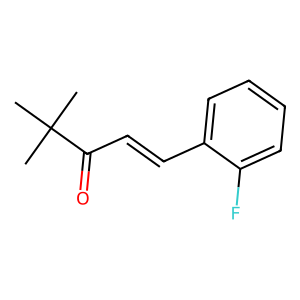
SMILES: CC(C)(C)C(=O)C=Cc1ccccc1F
Inhibits HIV replication: No